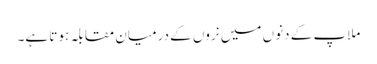
ملاپ کے دنوں میں نروں کے درمیان مقابلہ ہوتا ہے۔